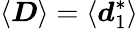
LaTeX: \langle\boldsymbol{D}\rangle=\langle\boldsymbol{d}_{1}^{*}\rangle